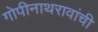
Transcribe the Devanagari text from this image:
गोपीनाथरावांची